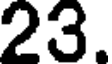
23.